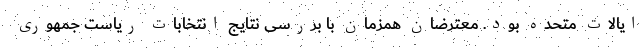
ایالات متحده بود. معترضان همزمان با بررسی نتایج انتخابات ریاست جمهوری